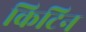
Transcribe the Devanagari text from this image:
किटिन